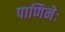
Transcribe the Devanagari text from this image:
पाणिनेः